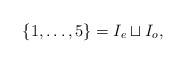
LaTeX: \begin{align*}\{1, \dots, 5\} = I_e \sqcup I_o,\end{align*}